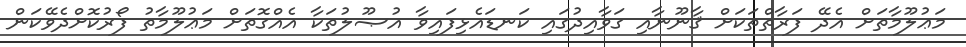
މަޢުލޫމާތަށް އެދޭ ފަރާތްތަކަށް ޤާނޫނާއި ގަވާއިދުގައި ކަނޑައެޅިފައިވާ އުޞޫލުތަކާ އެއްގޮތަށް މަޢުލޫމާތު ފޯރުކޮށްދެވޭކަން